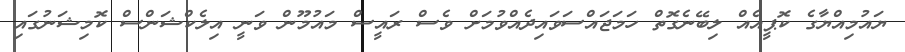
ޔައުމިއްޔާގެ ކޮޕީއެއް ލިބޭނެގޮތް ހަމަޖައްސަވައިދެއްވުމަށް ވެސް ރައީސް މައުމޫން ވަނީ އިލެކްޝަންސް ކޮމިޝަނުގައި